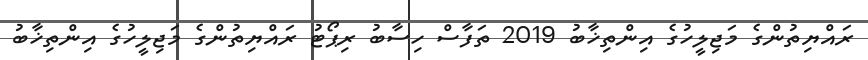
ރައްޔިތުންގެ މަޖިލީހުގެ އިންތިޚާބު 2019 ތަފާސް ހިސާބު ރިޕޯޓު ރައްޔިތުންގެ މަޖިލީހުގެ އިންތިޚާބު